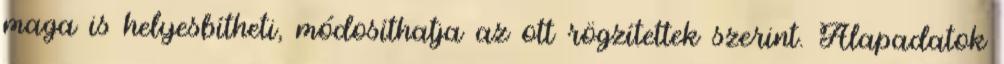
maga is helyesbítheti, módosíthatja az ott rögzítettek szerint. Alapadatok